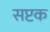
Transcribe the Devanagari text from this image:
सप्टक